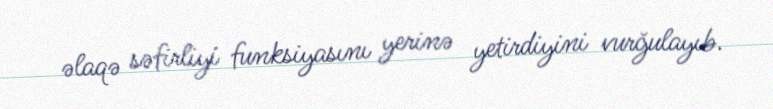
əlaqə səfirliyi funksiyasını yerinə yetirdiyini vurğulayıb.